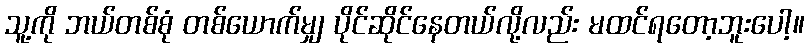
သူ့ကို ဘယ်တစ်စုံ တစ်ယောက်မျှ ပိုင်ဆိုင်နေတယ်လို့လည်း မထင်ရတော့ဘူးပေါ့။